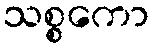
သစ္စကော